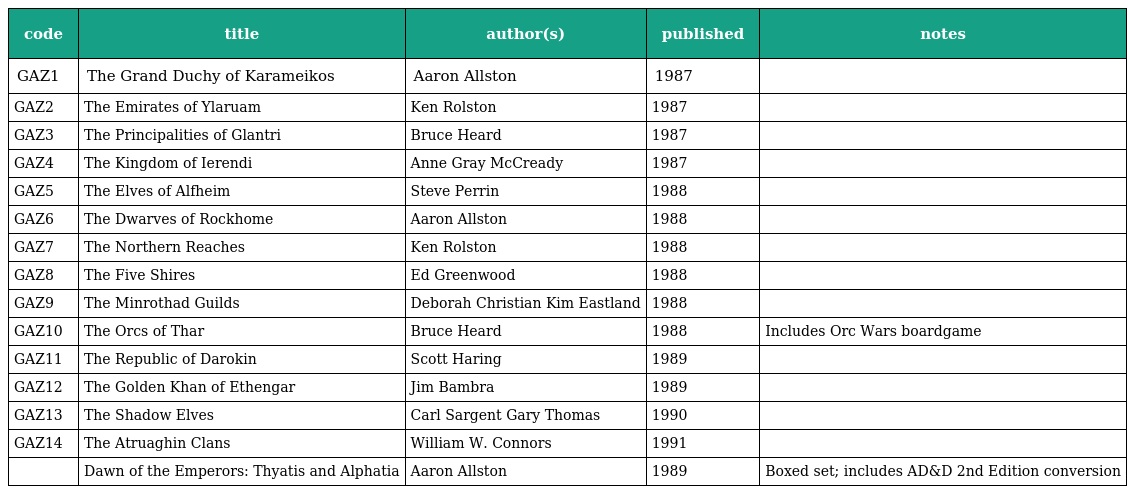
| code | title | author(s) | published | notes |
 | --- | --- | --- | --- | --- |
 | GAZ1 | The Grand Duchy of Karameikos | Aaron Allston | 1987 |  |
 | GAZ2 | The Emirates of Ylaruam | Ken Rolston | 1987 |  |
 | GAZ3 | The Principalities of Glantri | Bruce Heard | 1987 |  |
 | GAZ4 | The Kingdom of Ierendi | Anne Gray McCready | 1987 |  |
 | GAZ5 | The Elves of Alfheim | Steve Perrin | 1988 |  |
 | GAZ6 | The Dwarves of Rockhome | Aaron Allston | 1988 |  |
 | GAZ7 | The Northern Reaches | Ken Rolston | 1988 |  |
 | GAZ8 | The Five Shires | Ed Greenwood | 1988 |  |
 | GAZ9 | The Minrothad Guilds | Deborah Christian Kim Eastland | 1988 |  |
 | GAZ10 | The Orcs of Thar | Bruce Heard | 1988 | Includes Orc Wars boardgame |
 | GAZ11 | The Republic of Darokin | Scott Haring | 1989 |  |
 | GAZ12 | The Golden Khan of Ethengar | Jim Bambra | 1989 |  |
 | GAZ13 | The Shadow Elves | Carl Sargent Gary Thomas | 1990 |  |
 | GAZ14 | The Atruaghin Clans | William W. Connors | 1991 |  |
 |  | Dawn of the Emperors: Thyatis and Alphatia | Aaron Allston | 1989 | Boxed set; includes AD&D 2nd Edition conversion |